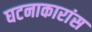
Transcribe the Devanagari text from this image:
घटनाकारांस